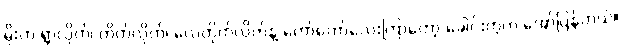
မိုးက ရွာလိုက်၊ တိတ်လိုက်၊ လေတိုက်လိုက်နဲ့ တော်တော်လေးကြာတော့ ခေါင်းတွဲက အော်ပြန်တယ်။